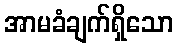
အာမခံချက်ရှိသော